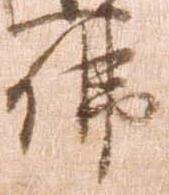
仏